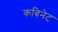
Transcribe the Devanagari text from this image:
कबिनेट